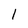
Character: 1